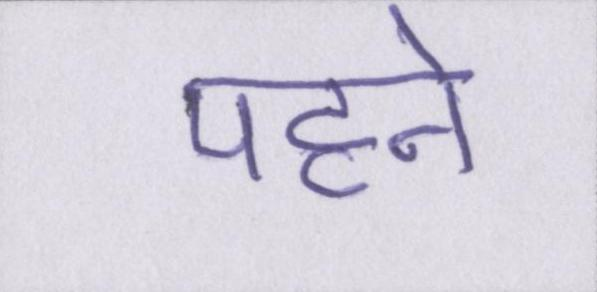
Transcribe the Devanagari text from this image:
पहने